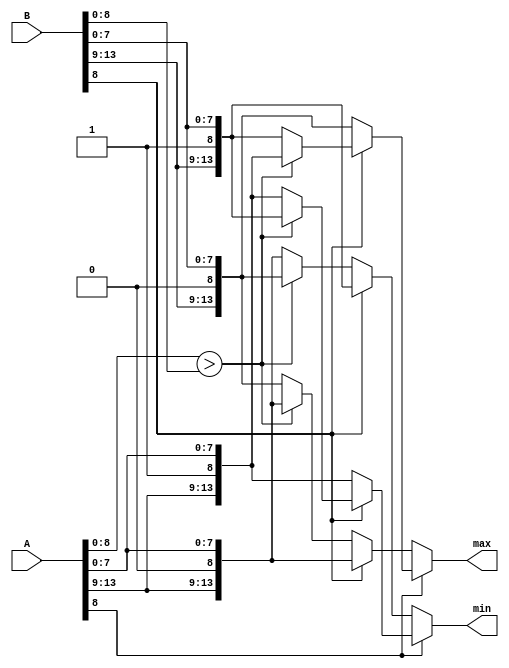
module compare(A, B, min, max);
   input    [13:0]    A, B;
   output   [13:0]    min, max;
   reg      [13:0]    min, max;
   
   
   
   //assign min = (A[8:0] > B[8:0]) ? B : A;
   //assign max = (A[8:0] > B[8:0]) ? A : B;
   
   
   always@(*)
   begin
      if(A[8] == 1'b1)
      begin
         if(B[8] == 1'b0)
         begin
            min = A;
            max = B;
         end
         else
         begin
            if(A[8:0] > B[8:0])
            begin
               min = B;
               max = A;
            end
            else
            begin
               min = A;
               max = B;
            end
         end
      end
      else
      begin
         if(B[8] == 1'b0)
         begin
            if(A[8:0] > B[8:0])
            begin
               min = B;
               max = A;
            end
            else
            begin
               min = A;
               max = B;
            end
         end
         else
         begin
            min = B;
            max = A;
         end
         
      end
   
   end
endmodule

module compare_min(A, B, min);
   input    [13:0]   A, B;
   output   [13:0]   min;
   reg      [13:0]   min;
   
   //assign min = (A[7:0] > B[7:0]) ? B : A;
   always@(*)
   begin
      if(A[8] == 1'b1)
      begin
         if(B[8] == 1'b0)
         begin
            min = A;
            
         end
         else
         begin
            if(A[8:0] > B[8:0])
            begin
               min = B;
               
            end
            else
            begin
               min = A;
               
            end
         end
      end
      else
      begin
         if(B[8] == 1'b0)
         begin
            if(A[8:0] > B[8:0])
            begin
               min = B;
         
            end
            else
            begin
               min = A;
         
            end
         end
         else
         begin
            min = B;
         
         end
         
      end
   
   end
endmodule

module compare_max(A, B, max);
   input    [13:0]   A, B;
   output   [13:0]   max;
   reg      [13:0]   max;
   
   //assign max = (A[8:0] > B[8:0]) ? A : B;
   
   always@(*)
   begin
      if(A[8] == 1'b1)
      begin
         if(B[8] == 1'b0)
         begin
            
            max = B;
         end
         else
         begin
            if(A[8:0] > B[8:0])
            begin
               
               max = A;
            end
            else
            begin
               
               max = B;
            end
         end
      end
      else
      begin
         if(B[8] == 1'b0)
         begin
            if(A[8:0] > B[8:0])
            begin
         
               max = A;
            end
            else
            begin
         
               max = B;
            end
         end
         else
         begin
         
            max = A;
         end
         
      end
   
   end
endmodule